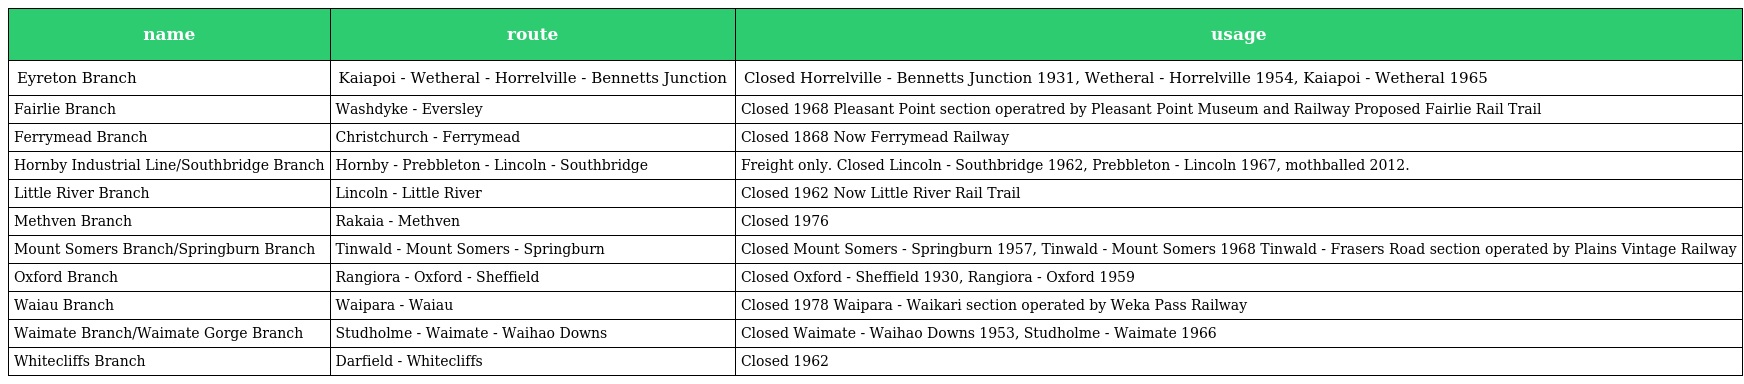
| name | route | usage |
 | --- | --- | --- |
 | Eyreton Branch | Kaiapoi - Wetheral - Horrelville - Bennetts Junction | Closed Horrelville - Bennetts Junction 1931, Wetheral - Horrelville 1954, Kaiapoi - Wetheral 1965 |
 | Fairlie Branch | Washdyke - Eversley | Closed 1968 Pleasant Point section operatred by Pleasant Point Museum and Railway Proposed Fairlie Rail Trail |
 | Ferrymead Branch | Christchurch - Ferrymead | Closed 1868 Now Ferrymead Railway |
 | Hornby Industrial Line/Southbridge Branch | Hornby - Prebbleton - Lincoln - Southbridge | Freight only. Closed Lincoln - Southbridge 1962, Prebbleton - Lincoln 1967, mothballed 2012. |
 | Little River Branch | Lincoln - Little River | Closed 1962 Now Little River Rail Trail |
 | Methven Branch | Rakaia - Methven | Closed 1976 |
 | Mount Somers Branch/Springburn Branch | Tinwald - Mount Somers - Springburn | Closed Mount Somers - Springburn 1957, Tinwald - Mount Somers 1968 Tinwald - Frasers Road section operated by Plains Vintage Railway |
 | Oxford Branch | Rangiora - Oxford - Sheffield | Closed Oxford - Sheffield 1930, Rangiora - Oxford 1959 |
 | Waiau Branch | Waipara - Waiau | Closed 1978 Waipara - Waikari section operated by Weka Pass Railway |
 | Waimate Branch/Waimate Gorge Branch | Studholme - Waimate - Waihao Downs | Closed Waimate - Waihao Downs 1953, Studholme - Waimate 1966 |
 | Whitecliffs Branch | Darfield - Whitecliffs | Closed 1962 |